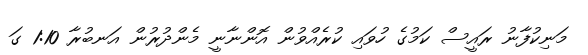
މަނިކުފާނު ރައީސް ކަމުގެ ހުވައި ކުރެއްވުން އޮންނާނީ މެންދުރުން އަނބުރާ 1:10 ގަ